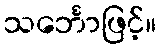
သင်္ဘောဖြင့်။